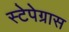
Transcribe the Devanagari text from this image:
स्टेपेग्रास